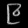
Digit: ၉